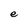
Character: e